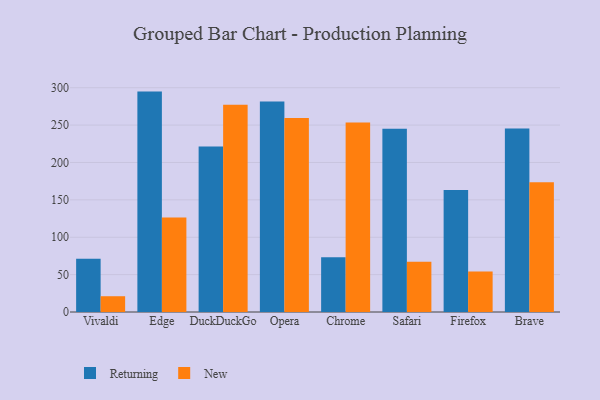
{"axis": {"x": "Browser", "y": "Headcount"}, "legend": ["New", "Returning"], "data": [{"x": "Vivaldi", "y": 71.1, "type": "Returning"}, {"x": "Vivaldi", "y": 21.1, "type": "New"}, {"x": "Edge", "y": 294.8, "type": "Returning"}, {"x": "Edge", "y": 126.3, "type": "New"}, {"x": "DuckDuckGo", "y": 221.5, "type": "Returning"}, {"x": "DuckDuckGo", "y": 277.1, "type": "New"}, {"x": "Opera", "y": 281.6, "type": "Returning"}, {"x": "Opera", "y": 259.6, "type": "New"}, {"x": "Chrome", "y": 73.1, "type": "Returning"}, {"x": "Chrome", "y": 253.5, "type": "New"}, {"x": "Safari", "y": 245.1, "type": "Returning"}, {"x": "Safari", "y": 67.3, "type": "New"}, {"x": "Firefox", "y": 163.2, "type": "Returning"}, {"x": "Firefox", "y": 54.1, "type": "New"}, {"x": "Brave", "y": 245.4, "type": "Returning"}, {"x": "Brave", "y": 173.7, "type": "New"}]}